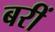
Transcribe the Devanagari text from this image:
बरीं